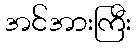
အင်အားကြီး